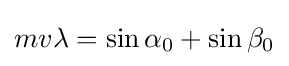
mv\lambda =\sin \alpha _{0}+\sin \beta _{0}